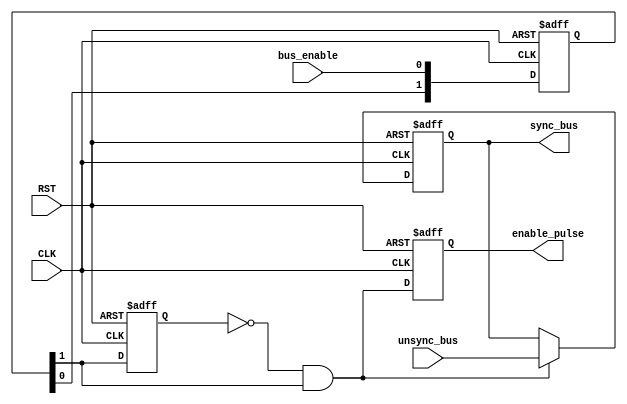
module DATA_SYNC #(
    parameter NUM_STAGES =2 ,
              BUS_WIDTH=8 )
(
input  wire [BUS_WIDTH-1:0]  unsync_bus                                ,
input  wire                  RST                                       ,
input  wire                  CLK                                       ,
input  wire                  bus_enable                                ,
output reg  [BUS_WIDTH-1:0]  sync_bus                                  ,
output reg                   enable_pulse 
);
reg [NUM_STAGES-1:0] meta_stable       ;
wire                 meta_stable_out   ;
reg                  pulse_gen_flop_out;
wire                 PulseGen          ;
wire [BUS_WIDTH-1:0] MUX_out           ;   
//multi flip flop for metastability
assign meta_stable_out =meta_stable[NUM_STAGES-1];
always @(posedge CLK or negedge RST ) 
begin
  if (!RST) 
   begin
      meta_stable<='b0;
   end 
  else
   begin
    if(NUM_STAGES=='b1)
        meta_stable<=bus_enable;      
    else	
        meta_stable<={meta_stable[NUM_STAGES-2:0],bus_enable}; 
    end 
end
// pulse gen flip flop 
always @(posedge CLK or negedge RST  )
 begin
    if (!RST)
     begin
        pulse_gen_flop_out<=1'b0;
     end
    else
     begin
        pulse_gen_flop_out<=meta_stable_out;
     end
end

assign PulseGen =(!pulse_gen_flop_out) & meta_stable_out    ;

//enable pulse flip flop
always @(posedge CLK or negedge RST  ) begin
    if (!RST) begin
        enable_pulse<=1'b0;
    end 
    else
     begin
        enable_pulse<=PulseGen;
     end
    
end

assign MUX_out = PulseGen  ? unsync_bus : sync_bus ;

// sync bus flip flop 
always @(posedge CLK or negedge RST  ) begin
    if (!RST)
     begin
        sync_bus<='b0;    
     end
    else
     begin
        sync_bus<=MUX_out;
     end 
end
endmodule